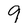
Character: 9